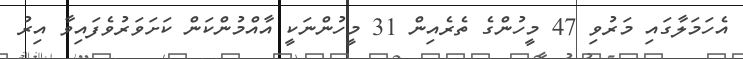
އެހަމަލާގައި މަރުވި 47 މީހުންގެ ތެރެއިން 31 މީހުންނަކީ އާއްމުންކަން ކަށަވަރުވެފައިވާ އިރު